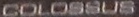
COLOSSUS